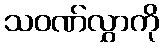
သဝဏ်လွှာကို